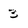
Character: 3